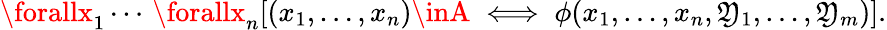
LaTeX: \forallx_{1}\cdots\, \forallx_{n}[(x_{1},\ldots,x_{n})\inA\iff\phi(x_{1},\ldots,x_{n},\mathfrak{Y}_{1},\ldots,\mathfrak{Y}_{m})].